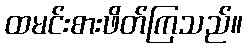
ထမင်းစားဖိတ်ကြသည်။